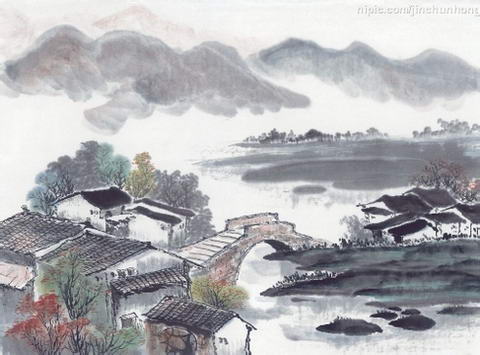
成事不说，遂事不谏，既往不咎。